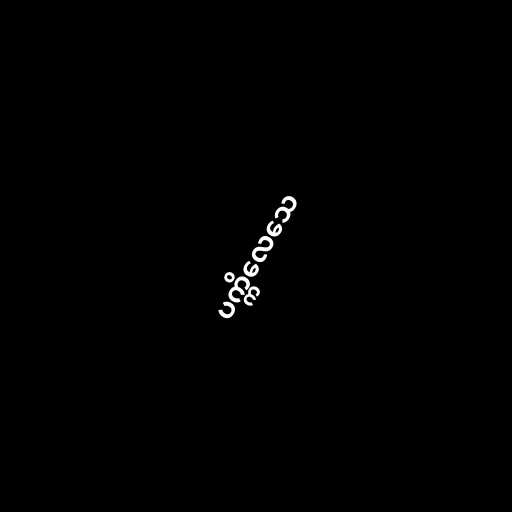
ပက္ကိလေသေ